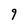
Character: 9